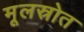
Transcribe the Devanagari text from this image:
मूलस्रोत